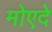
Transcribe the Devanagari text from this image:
मोएदे